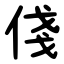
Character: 俴